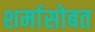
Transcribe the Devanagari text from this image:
शर्मासोबत